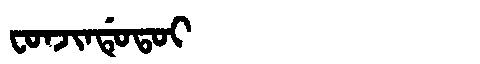
Manchu: ᠸᠣᠨᠵᡳᠨᡩᡠᡨᠣᡳ
Romanization: FONJINDUTOI